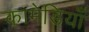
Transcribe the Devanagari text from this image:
कामेडियाँ